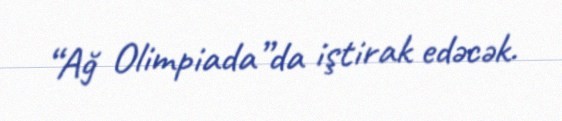
“Ağ Olimpiada”da iştirak edəcək.